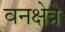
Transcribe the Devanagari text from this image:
वनक्षेत्रे